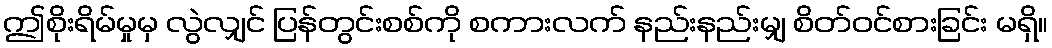
ဤစိုးရိမ်မှုမှ လွဲလျှင် ပြန်တွင်းစစ်ကို စကားလက် နည်းနည်းမျှ စိတ်ဝင်စားခြင်း မရှိ။